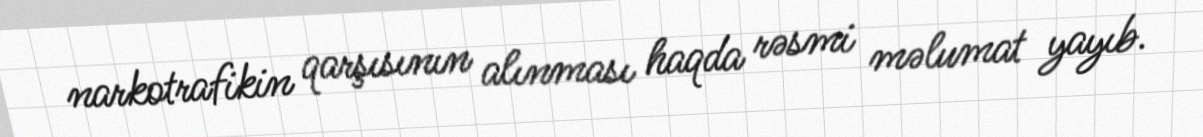
narkotrafikin qarşısının alınması haqda rəsmi məlumat yayıb.